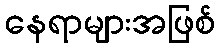
နေရာများအဖြစ်